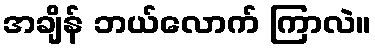
အချိန် ဘယ်လောက် ကြာလဲ။